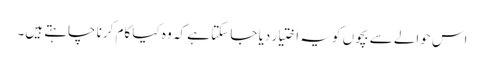
اس حوالے سے بچوں کو یہ اختیار دیا جا سکتا ہے کہ وہ کیا کام کرنا چاہتے ہیں۔